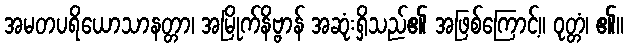
အမတပရိယောသာနတ္တာ၊ အမြိုက်နိဗ္ဗာန် အဆုံးရှိသည်၏ အဖြစ်ကြောင့်။ ဝုတ္တံ၊ ၏။